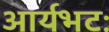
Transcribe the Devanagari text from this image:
आर्यभटः